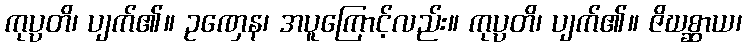
ကုပ္ပတိ၊ ပျက်၏။ ဥဏှေန၊ အပူကြောင့်လည်း။ ကုပ္ပတိ၊ ပျက်၏။ ဇိဃစ္ဆာယ၊